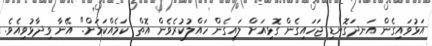
އަޅުވައިގެން އަނދަގޮނޑި ޖަހައިގެން ގޮޅިއަށް ލައިގެން ހައްލުކުރެވެން އޮތް ކަމެއްކަމަށް." އޭނާ ވިދާޅުވިއެވެ.